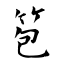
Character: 笣